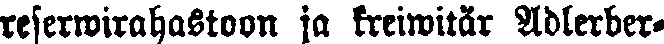
reserwirahastoon ja kreiwitär Adlerber-